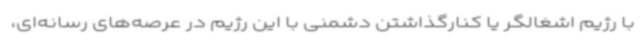
با رژیم اشغالگر یا کنارگذاشتن دشمنی با این رژیم در عرصه‌های رسانه‌ای،